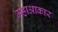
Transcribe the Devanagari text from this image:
महाआकार